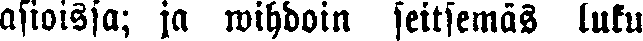
asioissa; ja wihdoin seitsemäs luku